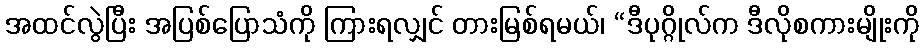
အထင်လွဲပြီး အပြစ်ပြောသံကို ကြားရလျှင် တားမြစ်ရမယ်၊ “ဒီပုဂ္ဂိုလ်က ဒီလိုစကားမျိုးကို